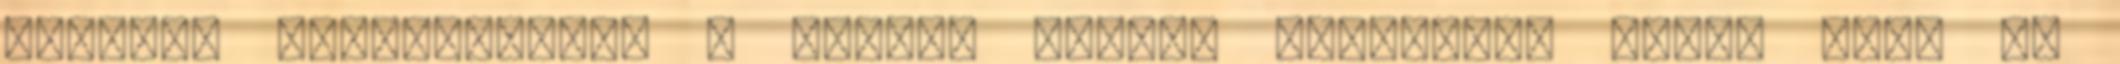
akarnak végrehajtani a király anyja, Barenziah ellen Vidd el